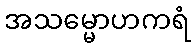
အသမ္မောဟကရံ